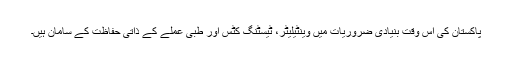
پاکستان کی اس وقت بنیادی ضروریات میں وینٹیلیٹر، ٹیسٹنگ کٹس اور طبی عملے کے ذاتی حفاظت کے سامان ہیں۔